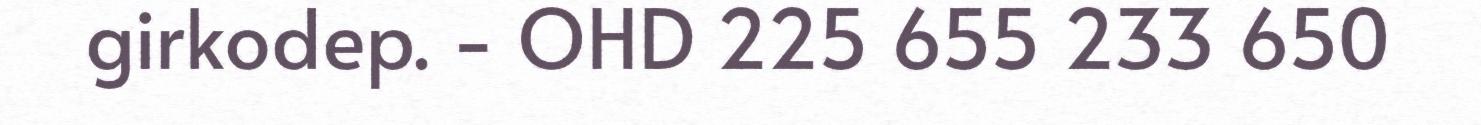
girkodep. - OHD 225 655 233 650